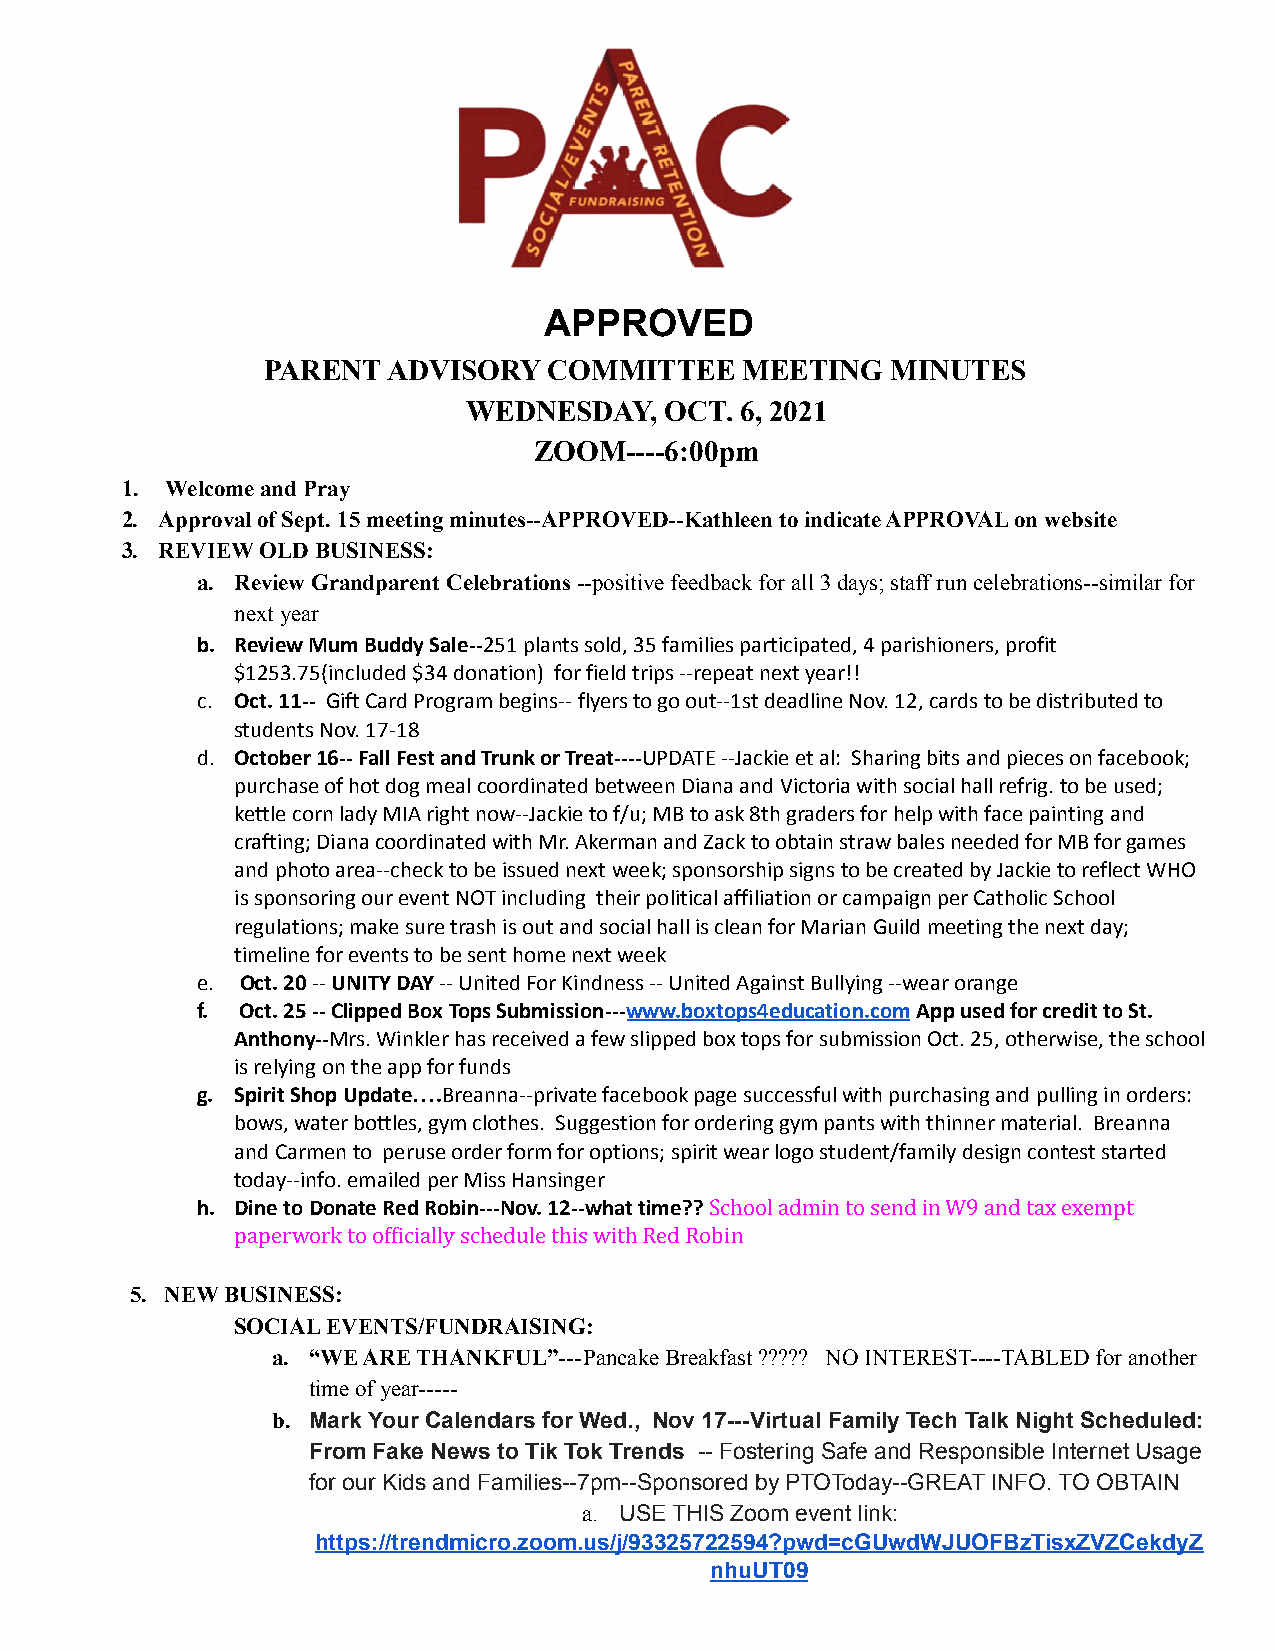
APPROVED
 PARENT   ADVISORY  COMMITTEE    MEETING   MINUTES
 WEDNESDAY,   OCT. 6, 2021
 ZOOM----6:00pm
 1. Welcome and Pray
 2. Approval of Sept. 15 meeting minutes--APPROVED--Kathleen to indicate APPROVAL on website
 3. REVIEW OLD BUSINESS:
 a. Review Grandparent Celebrations --positive feedbackfor all 3 days; staff run celebrations--similar for
 next year
 b. Review Mum Buddy Sale--251 plants sold, 35 familiesparticipated, 4 parishioners, profit
 $1253.75(included $34 donation) for field trips --repeat next year!!
 c. Oct. 11-- Gift Card Program begins-- flyers to goout--1st deadline Nov. 12, cards to be distributed to
 students Nov. 17-18
 d. October 16-- Fall Fest and Trunk or Treat----UPDATE--Jackie et al: Sharing bits and pieces on facebook;
 purchase of hot dog meal coordinated between Diana and Victoria with social hall refrig. to be used;
 kettle corn lady MIA right now--Jackie to f/u; MB to ask 8th graders for help with face painting and
 crafting; Diana coordinated with Mr. Akerman and Zack to obtain straw bales needed for MB for games
 and photo area--check to be issued next week; sponsorship signs to be created by Jackie to reflect WHO
 is sponsoring our event NOT including their political affiliation or campaign per Catholic School
 regulations; make sure trash is out and social hall is clean for Marian Guild meeting the next day;
 timeline for events to be sent home next week
 e. Oct. 20--UNITY DAY-- United For Kindness -- UnitedAgainst Bullying --wear orange
 f. Oct. 25 -- Clipped Box Tops Submission---www.boxtops4education.comApp used for credit to St.
 Anthony--Mrs. Winkler has received a few slipped boxtops for submission Oct. 25, otherwise, the school
 is relying on the app for funds
 g. Spirit Shop Update….Breanna--private facebook pagesuccessful with purchasing and pulling in orders:
 bows, water bottles, gym clothes. Suggestion for ordering gym pants with thinner material. Breanna
 and Carmen to peruse order form for options; spirit wear logo student/family design contest started
 today--info. emailed per Miss Hansinger
 h. Dine to Donate Red Robin---Nov. 12--what time??Schooladmin to send in W9 and tax exempt
 paperwork to officially schedule this with Red Robin
 5. NEW BUSINESS:
 SOCIAL EVENTS/FUNDRAISING:
 a. “WE ARE THANKFUL”---Pancake Breakfast ????? NO INTEREST----TABLEDfor another
 time of year-----
 b. Mark Your Calendars for Wed., Nov 17---Virtual Family Tech Talk Night Scheduled:
 From Fake News to Tik Tok Trends -- Fostering Safe and Responsible Internet Usage
 for our Kids and Families--7pm--Sponsored by PTOToday--GREAT INFO. TO OBTAIN
 a. USE THIS Zoom event link:
 https://trendmicro.zoom.us/j/93325722594?pwd=cGUwdWJUOFBzTisxZVZCekdyZ
 nhuUT09